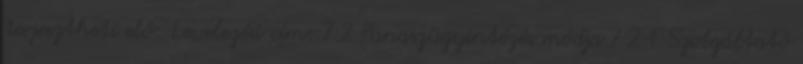
terjesztheti elő: Levelezési cím: 7.2 Panaszügyintézés módja 7.2.1 Szolgáltató